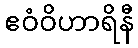
ဧဝံဝိဟာရိနီ